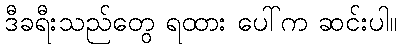
ဒီခရီးသည်တွေ ရထား ပေါ်က ဆင်းပါ။